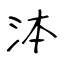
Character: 泍